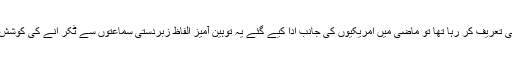
دُنیا کا طاقتور ترین صدر جب پاکستان کے وزیر اعظم اور پاکستانی قوم کی تعریف کر رہا تھا تو ماضی میں امریکیوں کی جانب ادا کیے گئے یہ توہین آمیز الفاظ زبردستی سماعتوں سے ٹکر انے کی کوشش کر رہے تھے کہ ”پاکستانی رقم کی خاطر اپنی ماں کو بھی بیچ دیتے ہیں۔